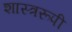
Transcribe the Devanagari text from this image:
शास्त्ररूपी